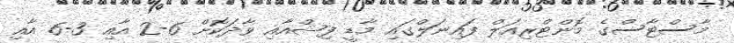
މާސްޓާސްގެ މޮންޓްރިއަލް ފައިނަލްގައި މާޑީ ފިޝްއާއި ވާދަކޮށް 6-2 އާއި 3-6 އާއި